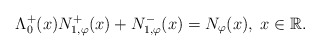
\begin{align*}\Lambda^{+}_{0}(x) N_{1,\varphi}^{+}(x) + N_{1,\varphi}^{-}(x) = N_{\varphi}(x), \; x\in {\mathbb R}.\end{align*}